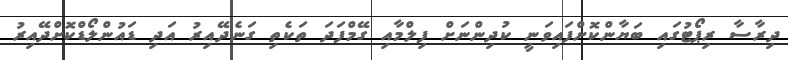
ދިރާސާ ރިޕޯޓުގައި ބަޔާންކޮށްފައިވަނީ ކުދިންނަށް ފިލްމާއި ގޭމްފަދަ ތަކެތި ގަނެދޭއިރު އަދި ޑައުންލޯޑްކޮށްދޭއިރު